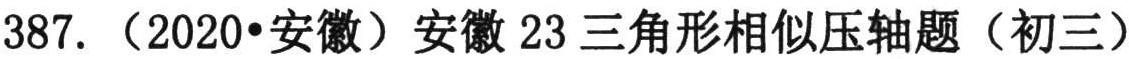
387. （2020•安徽）安徽 23 三角形相似压轴题（初三）